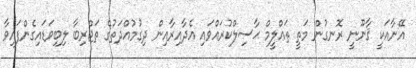
އޭނާއަކީ ޤާނޫނީ ރޮނގުން މަތީ ތަޢްލީމް ޙާސިލްކުރައްވައި އެދާއިރާއިން ދިގުމުއްދަތުގެ ތަޖްރިބާ ލިބިވަޑައިގެންފައިވާ